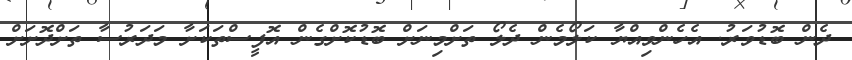
ދެން ބޮޑުވަރު. އެހެންވިއްޔާ ކަލޯމެން ދެލޯ ތަށްމިނަށް ބޮޑުކޮށްގެން އޮފީސްތަކަށާ މަދަރުސާ ތަށްދޮށަށް